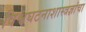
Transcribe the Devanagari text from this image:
विश्वघटनाशास्त्रज्ञांचा